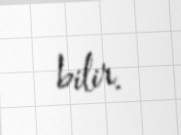
bilir.